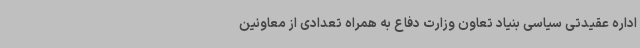
اداره عقیدتی سیاسی بنیاد تعاون وزارت دفاع به همراه تعدادی از معاونین